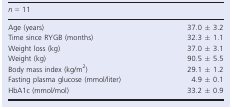
<table><thead><tr><td><b><i>n</i> = 11</b></td><td></td></tr></thead><tbody><tr><td>Age (years)</td><td>37.0 ± 3.2</td></tr><tr><td>Time since RYGB (months)</td><td>32.3 ± 1.1</td></tr><tr><td>Weight loss (kg)</td><td>37.0 ± 3.1</td></tr><tr><td>Weight (kg)</td><td>90.5 ± 5.5</td></tr><tr><td>Body mass index (kg/m<sup>2</sup>)</td><td>29.1 ± 1.2</td></tr><tr><td>Fasting plasma glucose (mmol/liter)</td><td>4.9 ± 0.1</td></tr><tr><td>HbA1c (mmol/mol)</td><td>33.2 ± 0.9</td></tr></tbody></table>